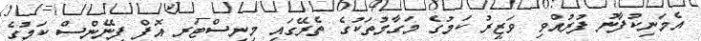
އެމަނިކުފާނު ފުރުއްވި ވަޒީރު ކަމުގެ މަގާމުތަކުގެ ތެރޭގައި މިނިސްޓަރ އޮފް ފިނޭންސް ކަމުގެ